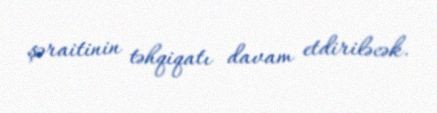
şəraitinin təhqiqatı davam etdiriləcək.